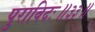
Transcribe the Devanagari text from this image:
पुराविदः॥३३॥